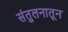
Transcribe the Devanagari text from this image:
संतुलनातून